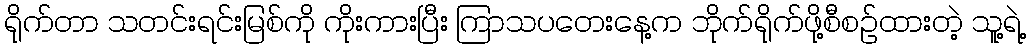
ရိုက်တာ သတင်းရင်းမြစ်ကို ကိုးကားပြီး ကြာသပတေးနေ့က ဘိုက်ရိုက်ဖို့စီစဉ်ထားတဲ့ သူ့ရဲ့